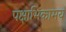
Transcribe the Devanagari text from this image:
पक्षाभिकामय